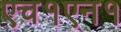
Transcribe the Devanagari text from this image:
एच१एन१